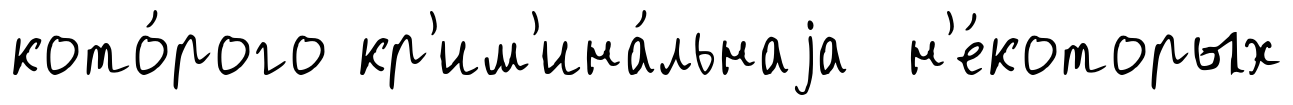
кото́рого кр'им'ина́льнаjа н'е́которых